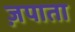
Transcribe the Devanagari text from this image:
ज़पाता